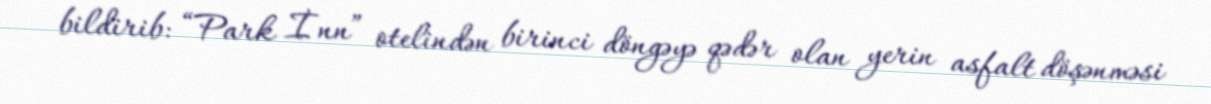
bildirib: “Park İnn” otelindən birinci döngəyə qədər olan yerin asfalt döşənməsi